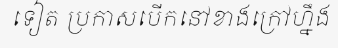
ទៀត ប្រកាសបើកនៅខាងក្រៅហ្នឹង